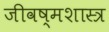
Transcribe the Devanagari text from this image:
जीवष्मशास्त्र